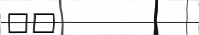
٦٠